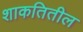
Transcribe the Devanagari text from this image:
शाकतितील